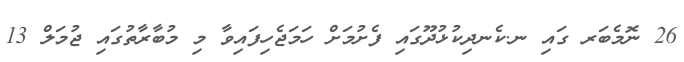
26 ނޮމެބަރ ގައި ނ.ކެނދިކުޅުދޫގައި ފެށުމަށް ހަމަޖެހިފައިވާ މި މުބާރާތުގައި ޖުމަލް 13